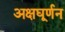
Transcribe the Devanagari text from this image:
अक्षघूर्णन